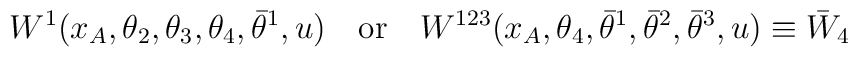
W^1(x_A, \theta_2,\theta_3,\theta_4,\bar\theta^1,u)\quad \mbox{or} \quad   W^{123}(x_A, \theta_4,\bar\theta^1,\bar\theta^2,\bar\theta^3,u)\equiv \bar   W_4